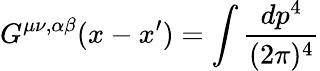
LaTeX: G^{\mu\nu,\alpha\beta}(x-x^{\prime})=\int\frac{dp^{4}}{(2\pi)^{4}}